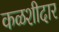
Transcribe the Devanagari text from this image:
कळशीदार